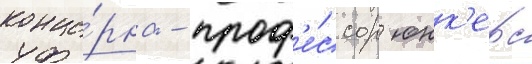
конце́рна - проф'е́ссор юнк'ерс